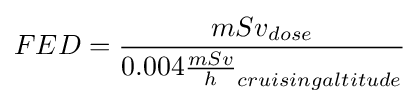
FED={\frac {{mSv}_{dose}}{{0.004{\frac {mSv}{h}}}_{cruisingaltitude}}}